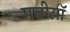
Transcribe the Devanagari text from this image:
पत्नीय़ॉ